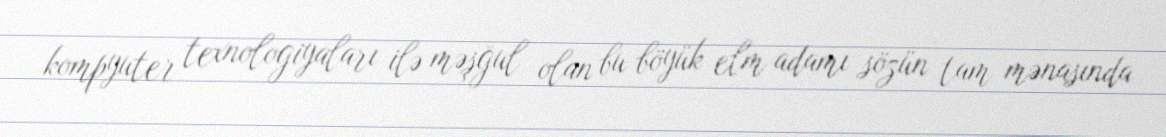
kompyuter texnologiyaları ilə məşğul olan bu böyük elm adamı sözün tam mənasında